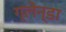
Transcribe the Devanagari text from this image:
ग्लेन्डा